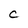
Character: C